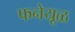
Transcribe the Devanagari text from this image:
फनेयूळ